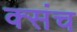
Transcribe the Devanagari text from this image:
क्संच